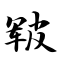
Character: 皲